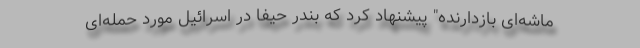
ماشه‌ای بازدارنده" پیشنهاد کرد که بندر حیفا در اسرائیل مورد حمله‌ای